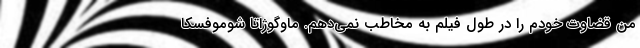
من قضاوت خودم را در طول فیلم به مخاطب نمی‌دهم. ماوگوژاتا شوموفسکا